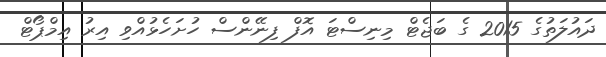
ދައުލަތުގެ 2015 ގެ ބަޖެޓް މިނިސްޓަ އޮފް ފިނޭންސް ހުށަހެޅުއްވި އިރު އިމްޕޯޓް